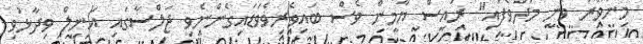
މިންވަރު ވަނީ މަދުވެފައި" ރައީސް ޔާމީން ވެސް ބައިވެރިވެވަޑައިގެންނެވި ޖަލްސާގައި އަނިލް ވިދާޅުވި